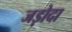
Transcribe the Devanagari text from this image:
जड़ोदा